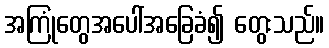
အကြုံတွေအပေါ်အခြေခံ၍ တွေးသည်။